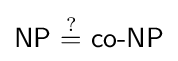
{\textsf {NP}}\ {\overset {?}{=}}\ {\textsf {co-NP}}